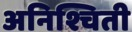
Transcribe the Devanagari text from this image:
अनिश्चिती